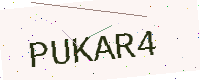
Text: PUKAR4